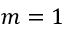
m = 1